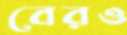
বেরও